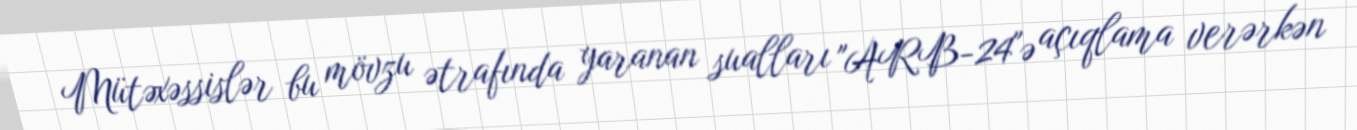
Mütəxəssislər bu mövzu ətrafında yaranan sualları "ARB-24"ə açıqlama verərkən